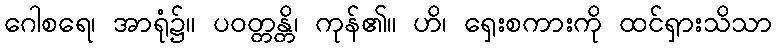
ဂေါစရေ၊ အာရုံ၌။ ပဝတ္တန္တိ၊ ကုန်၏။ ဟိ၊ ရှေးစကားကို ထင်ရှားသိသာ